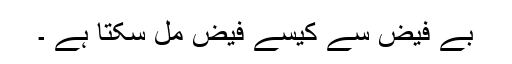
بے فیض سے کیسے فیض مل سکتا ہے ۔